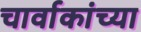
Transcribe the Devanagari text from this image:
चार्वाकांच्या